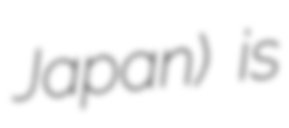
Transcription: Japan) is